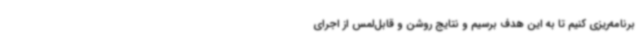
برنامه‌ریزی کنیم تا به این هدف برسیم و نتایج روشن و قابل‌لمس از اجرای